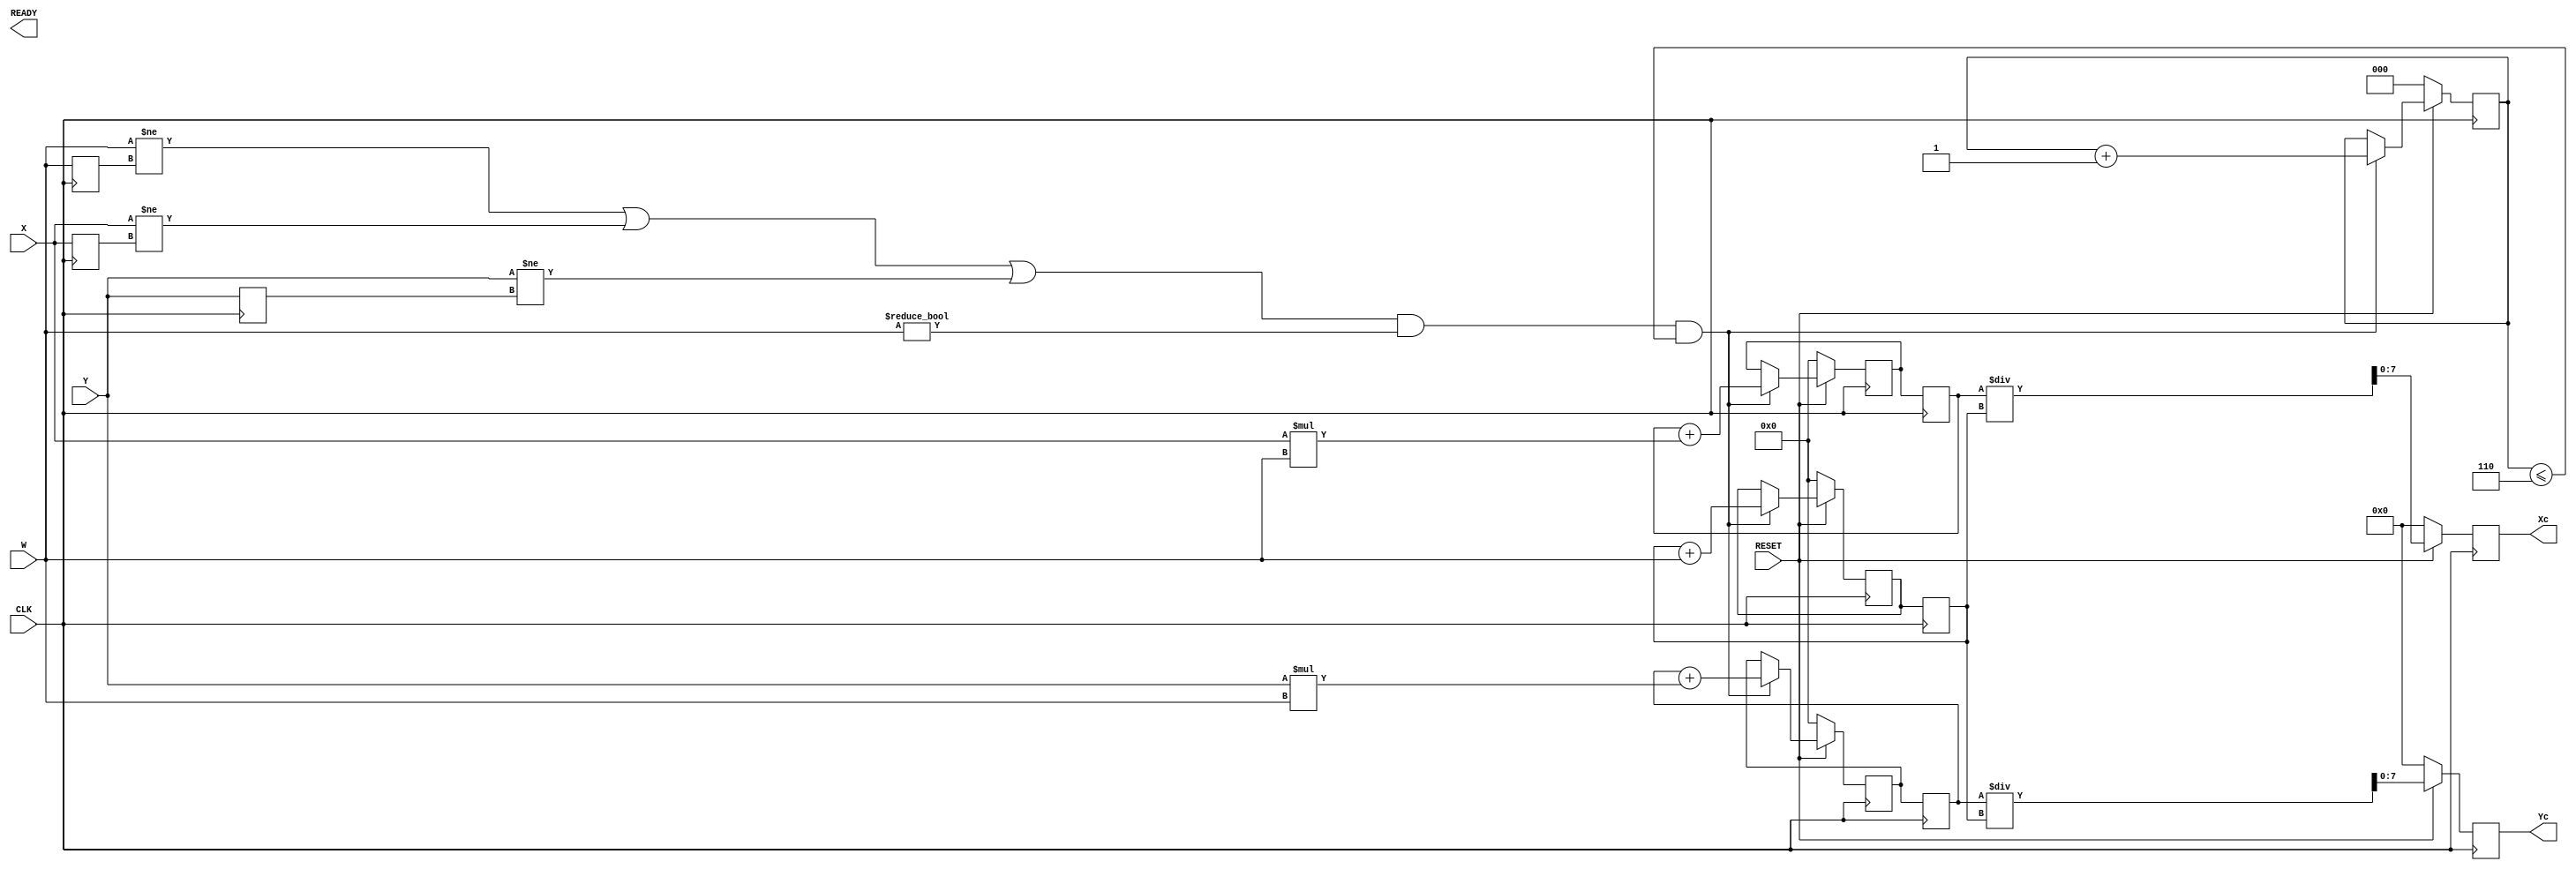
module gcc (CLK,RESET,X, Y, W, READY, Xc, Yc);
input CLK, RESET;
input [7:0] X, Y;
input [3:0] W;
reg [9:0] SumXW, SumYW, SumW;
reg [9:0] sumxw, sumyw, sumw;
reg [2:0] counter;
reg [7:0] farthest;
reg [3:0] w;
reg [8:0] D0, D1, D2, D3, D4, D5, D6;
reg [7:0] X0, X1, X2, X3, X4, X5, X6, x;
reg [7:0] Y0, Y1, Y2, Y3, Y4, Y5, Y6, y;
reg [7:0] W0, W1, W2, W3, W4, W5, W6;




// Testing Remainder
reg [4:0] Rx, Ry;

output reg [7:0] Xc, Yc;
output READY;



 
always @ (posedge CLK) begin
w <= W;
x <= X;
y <= Y;
sumxw <= SumXW;
sumyw <= SumYW;
sumw <= SumW; 
Xc <= sumxw / sumw;
Yc <= sumyw / sumw;
Rx = sumxw % sumw;
Ry = sumyw % sumw;
  
  if(!RESET)begin
    counter <= 0;
    SumXW <= 0;
    SumYW <= 0;
    SumW <= 0; 
    Xc <= 0;
    Yc <= 0;
    farthest <= 0; 
  end
  


else if ((W!= w || X != x || Y != y) && W != 0 && counter <=6) begin
  counter <= counter +1;
  SumXW <= sumxw +X * W;
  SumYW <= sumyw + Y * W;
  SumW <= sumw + W;
  case (counter) 
    0: begin
              X0 <= X;
              Y0 <= Y;
              W0 <= W;
              D0 <= (X)^2+(Y)^2;
    end         
      
    1: begin
              X1 <= X;
              Y1 <= Y;
              W1 <= W;
              D1 <= (X-Xc)^2+(Y-Yc)^2;                                  
    end    
        
    2: begin
              X2 <= X;
              Y2 <= Y;
              W2 <= W;
              D2 <= (X-Xc)^2+(Y-Yc)^2;              
    end 
    
    3: begin
              X3 <= X;
              Y3 <= Y;
              W3 <= W;
              D3 <= (X-Xc)^2+(Y-Yc)^2;       
    end     
    
    4: begin
              X4 <= X;
              Y4 <= Y;
              W4 <= W;
              D4 <= (X-Xc)^2+(Y-Yc)^2;
    end
    
    5: begin
              X5 <= X;
              Y5 <= Y;
              W5 <= W;
              D5 <= (X-Xc)^2+(Y-Yc)^2;
    end
    
  endcase 
end

/*if (sumxw % sumw <= 2) begin
  Xc <= Xc +1;
end
if (sumyw % sumw <= 2) begin
  Yc <= Yc +1;
end
*/

  
else if (counter > 6) begin
  D6 <= (X-Xc)^2+(Y-Yc)^2;
  case (D6)
    (D6 < D0): begin
      D0 <= D6;
      D1 <= D0;
      D2 <= D1;
      D3 <= D2;
      D4 <= D3;
      D5 <= D4;
    end
  
    (D6 < D1): begin
      D1 <= D6;
      D2 <= D1;
      D3 <= D2;
      D4 <= D3;
      D5 <= D4;
    end
  
    (D6 < D2): begin
      D2 <= D6;
      D3 <= D2;
      D4 <= D3;
      D5 <= D4;
    end
    (D6 < D2): begin
      D2 <= D6;
      D3 <= D2;
      D4 <= D3;
      D5 <= D4;
    end
  
    (D6 < D3): begin
      D3 <= D6;
      D4 <= D3;
      D5 <= D4;
    end
  
    (D6 < D4): begin
      D4 <= D6;
      D5 <= D4;
    end
  
    (D6 < D4): begin
      D5 <= D6;
    end
  endcase
    
end
 
end

endmodule